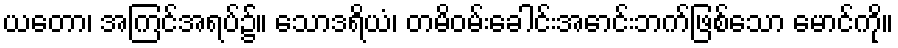
ယတော၊ အကြင်အရပ်၌။ သောဒရိယံ၊ တမိဝမ်းခေါင်းအောင်းဘက်ဖြစ်သော မောင်ကို။